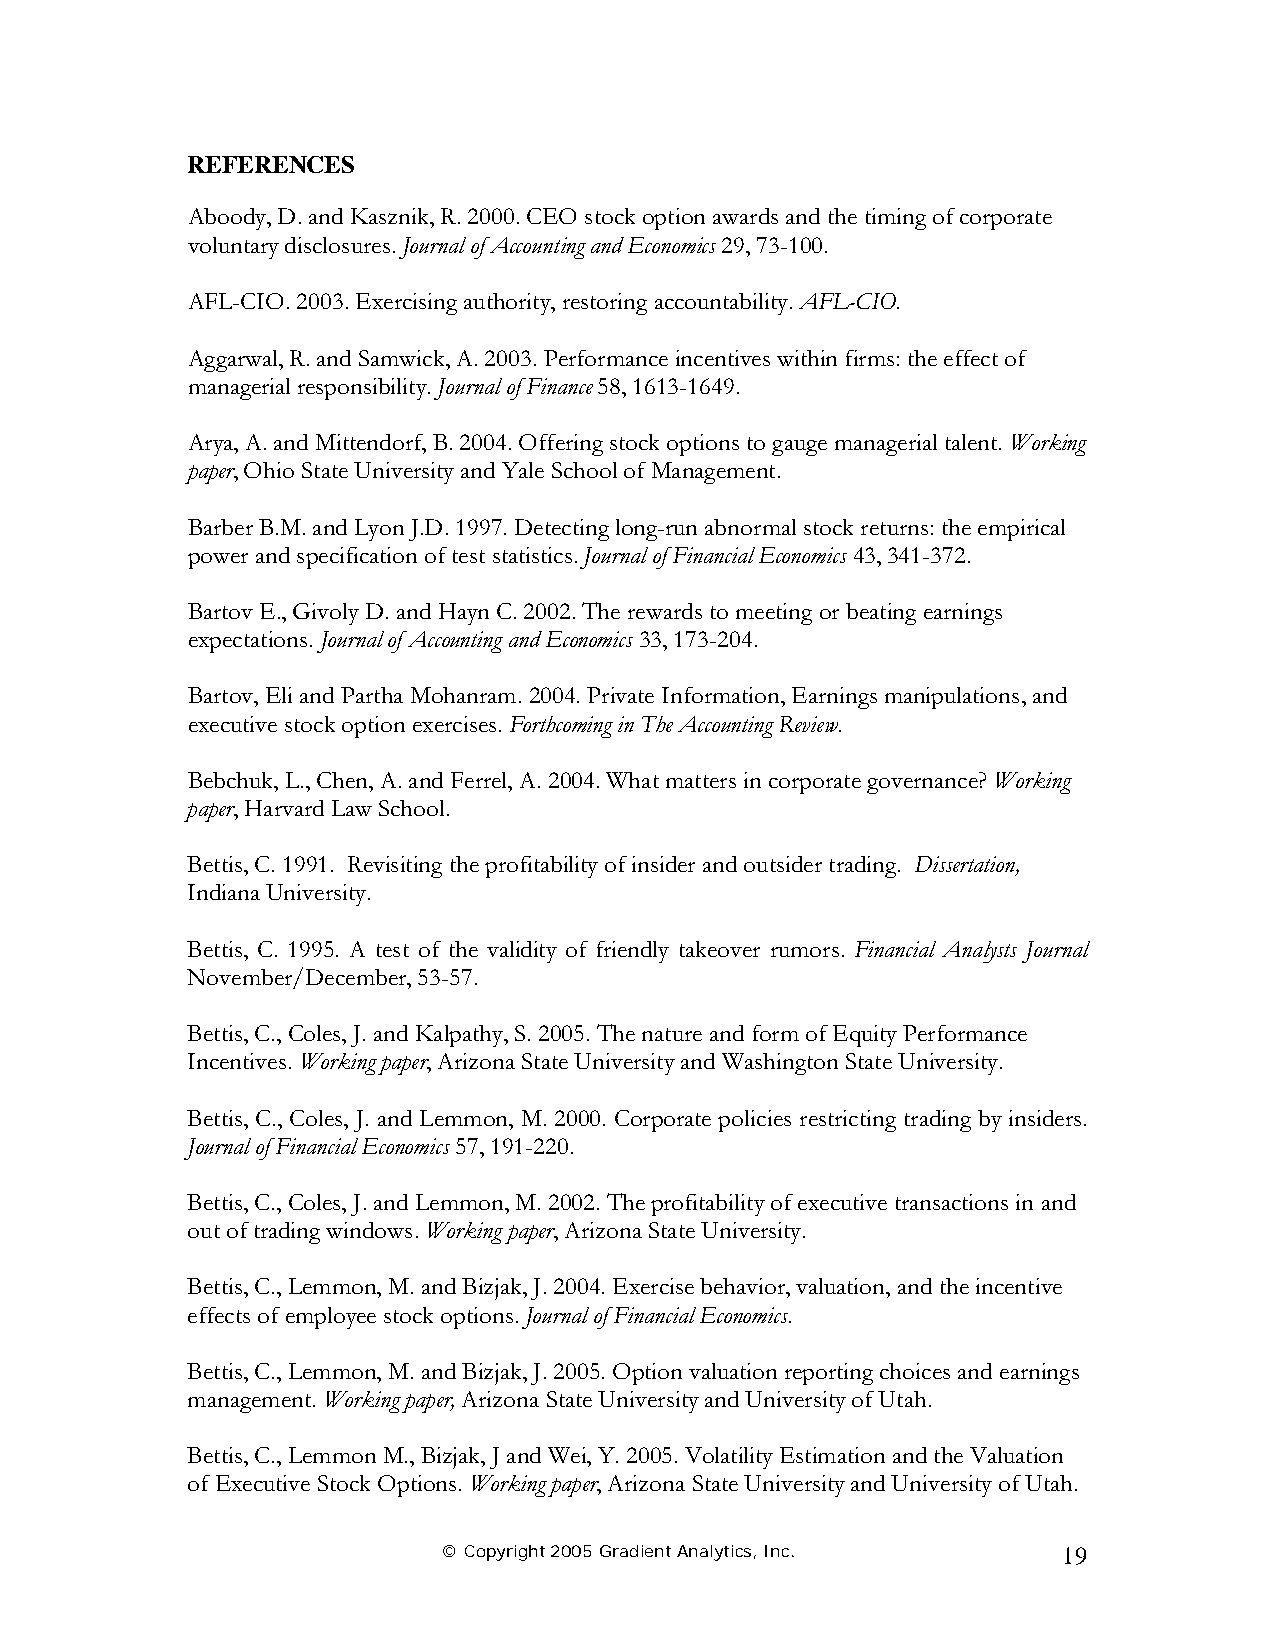
REFERENCES
 Aboody, D. and Kasznik, R. 2000. CEO stock option awards and the timing of corporate
 voluntary disclosures. Journal of Accounting and Economics 29, 73-100.
 AFL-CIO. 2003. Exercising authority, restoring accountability. AFL-CIO.
 Aggarwal, R. and Samwick, A. 2003. Performance incentives within firms: the effect of
 managerial responsibility. Journal of Finance 58, 1613-1649.
 Arya, A. and Mittendorf, B. 2004. Offering stock options to gauge managerial talent. Working
 paper, Ohio State University and Yale School of Management.
 Barber B.M. and Lyon J.D. 1997. Detecting long-run abnormal stock returns: the empirical
 power and specification of test statistics. Journal of Financial Economics 43, 341-372.
 Bartov E., Givoly D. and Hayn C. 2002. The rewards to meeting or beating earnings
 expectations. Journal of Accounting and Economics 33, 173-204.
 Bartov, Eli and Partha Mohanram. 2004. Private Information, Earnings manipulations, and
 executive stock option exercises. Forthcoming in The Accounting Review.
 Bebchuk, L., Chen, A. and Ferrel, A. 2004. What matters in corporate governance? Working
 paper, Harvard Law School.
 Bettis, C. 1991. Revisiting the profitability of insider and outsider trading. Dissertation,
 Indiana University.
 Bettis, C. 1995. A test of the validity of friendly takeover rumors. Financial Analysts Journal
 November/December, 53-57.
 Bettis, C., Coles, J. and Kalpathy, S. 2005. The nature and form of Equity Performance
 Incentives. Working paper, Arizona State University and Washington State University.
 Bettis, C., Coles, J. and Lemmon, M. 2000. Corporate policies restricting trading by insiders.
 Journal of Financial Economics 57, 191-220.
 Bettis, C., Coles, J. and Lemmon, M. 2002. The profitability of executive transactions in and
 out of trading windows. Working paper, Arizona State University.
 Bettis, C., Lemmon, M. and Bizjak, J. 2004. Exercise behavior, valuation, and the incentive
 effects of employee stock options. Journal of Financial Economics.
 Bettis, C., Lemmon, M. and Bizjak, J. 2005. Option valuation reporting choices and earnings
 management. Working paper, Arizona State University and University of Utah.
 Bettis, C., Lemmon M., Bizjak, J and Wei, Y. 2005. Volatility Estimation and the Valuation
 of Executive Stock Options. Working paper, Arizona State University and University of Utah.
 © Copyright 2005 Gradient Analytics, Inc. 19